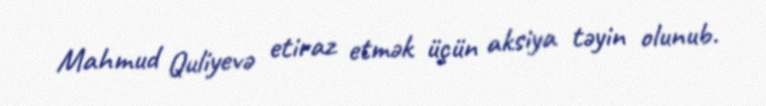
Mahmud Quliyevə etiraz etmək üçün aksiya təyin olunub.